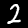
Digit: 2